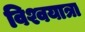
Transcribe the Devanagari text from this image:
विश्वयात्रा